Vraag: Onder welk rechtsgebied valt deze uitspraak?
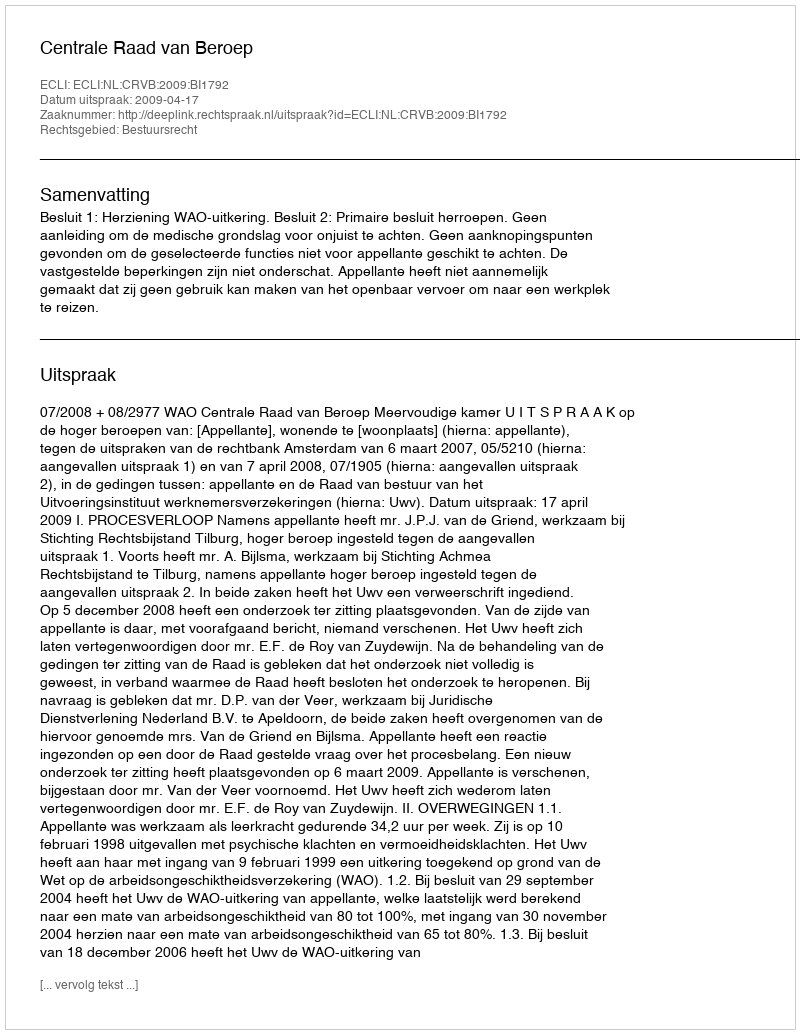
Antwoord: Bestuursrecht